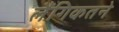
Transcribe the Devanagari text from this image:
लैंगिकतने